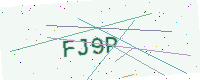
Text: FJ9P